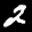
Label: 2